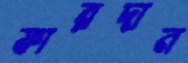
ফারদান